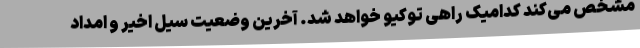
مشخص می‌کند کدامیک راهی توکیو خواهد شد. آخرین وضعیت سیل اخیر و امداد